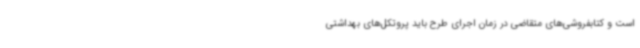
است و کتابفروشی‌های متقاضی در زمان اجرای طرح باید پروتکل‌های بهداشتی